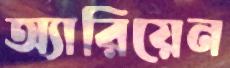
অ্যারিয়েন